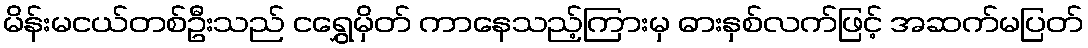
မိန်းမငယ်တစ်ဦးသည် ငရွှေမှိတ် ကာနေသည့်ကြားမှ ဓားနှစ်လက်ဖြင့် အဆက်မပြတ်